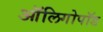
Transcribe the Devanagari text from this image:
ऑलिगोपॉड